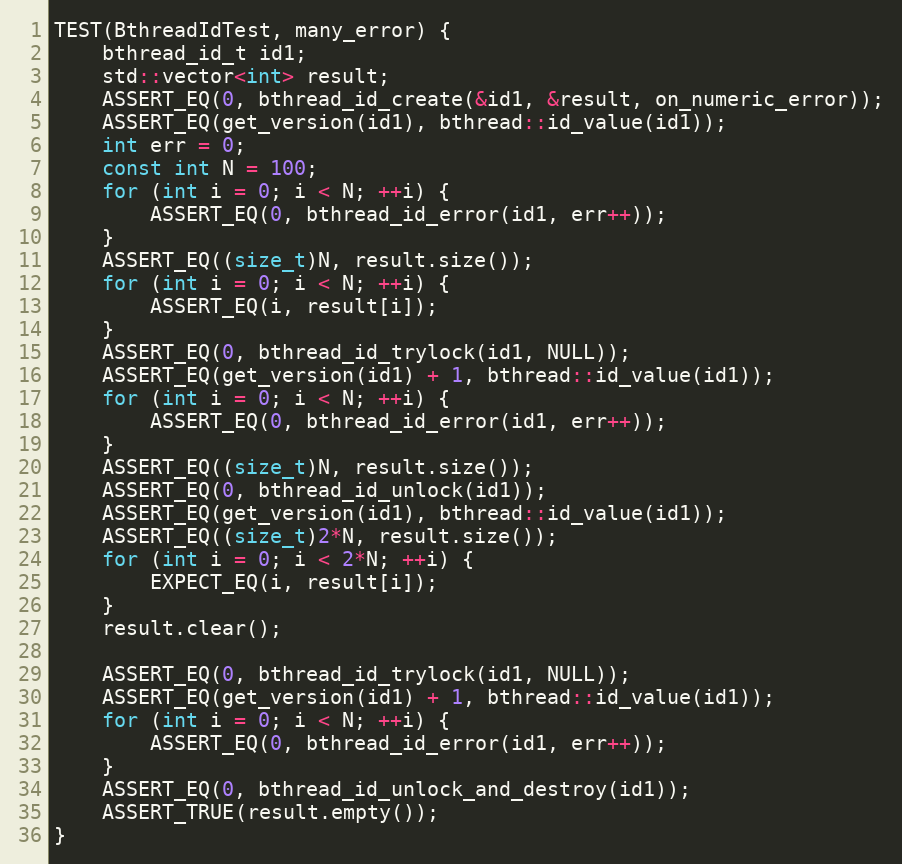
Language: C++
TEST(BthreadIdTest, many_error) {
    bthread_id_t id1;
    std::vector<int> result;
    ASSERT_EQ(0, bthread_id_create(&id1, &result, on_numeric_error));
    ASSERT_EQ(get_version(id1), bthread::id_value(id1));
    int err = 0;
    const int N = 100;
    for (int i = 0; i < N; ++i) {
        ASSERT_EQ(0, bthread_id_error(id1, err++));
    }
    ASSERT_EQ((size_t)N, result.size());
    for (int i = 0; i < N; ++i) {
        ASSERT_EQ(i, result[i]);
    }
    ASSERT_EQ(0, bthread_id_trylock(id1, NULL));
    ASSERT_EQ(get_version(id1) + 1, bthread::id_value(id1));
    for (int i = 0; i < N; ++i) {
        ASSERT_EQ(0, bthread_id_error(id1, err++));
    }
    ASSERT_EQ((size_t)N, result.size());
    ASSERT_EQ(0, bthread_id_unlock(id1));
    ASSERT_EQ(get_version(id1), bthread::id_value(id1));
    ASSERT_EQ((size_t)2*N, result.size());
    for (int i = 0; i < 2*N; ++i) {
        EXPECT_EQ(i, result[i]);
    }
    result.clear();

    ASSERT_EQ(0, bthread_id_trylock(id1, NULL));
    ASSERT_EQ(get_version(id1) + 1, bthread::id_value(id1));
    for (int i = 0; i < N; ++i) {
        ASSERT_EQ(0, bthread_id_error(id1, err++));
    }
    ASSERT_EQ(0, bthread_id_unlock_and_destroy(id1));
    ASSERT_TRUE(result.empty());
}